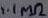
Text: 1.1MΩ